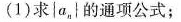
(1) 求{a_{n} }的通项公式；